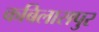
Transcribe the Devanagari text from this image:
कबिलासपुर